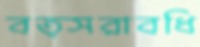
বত্সরাবধি